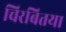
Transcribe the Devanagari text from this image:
चिरबितया